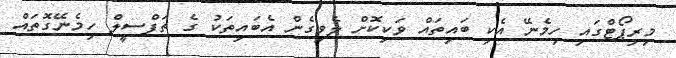
މިރިޕޯޓްގައި ހިމެނޭ އެކި ބައިތައް ވަކިކޮށް ލެވިގެން އެބައިތަކު ގެ ތަފްސީލް ހިމެނޭގޮތައް